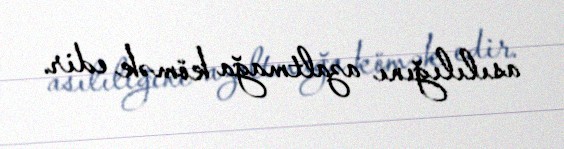
asılılığını azaltmağa kömək edir.